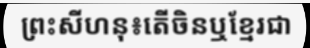
ព្រះសីហនុ៖តើចិនឬខ្មែរជា